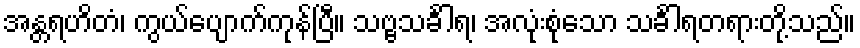
အန္တရဟိတံ၊ ကွယ်ပျောက်ကုန်ပြီ။ သဗ္ဗသင်္ခါရ၊ အလုံးစုံသော သင်္ခါရတရားတို့သည်။